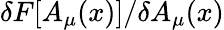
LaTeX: {\delta F[A_{\mu}(x)]/\delta A_{\mu}(x)}